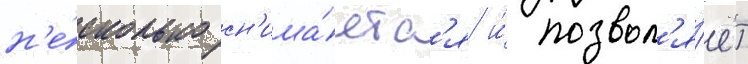
н'е́сколько сн'ижа́етс'я и́ позвол'я́ет